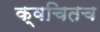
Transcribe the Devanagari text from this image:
क्‍वचितच